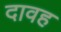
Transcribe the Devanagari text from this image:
दावह